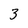
Character: 3